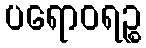
ပရောဝရဉ္စ